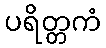
ပရိတ္တကံ